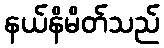
နယ်နိမိတ်သည်